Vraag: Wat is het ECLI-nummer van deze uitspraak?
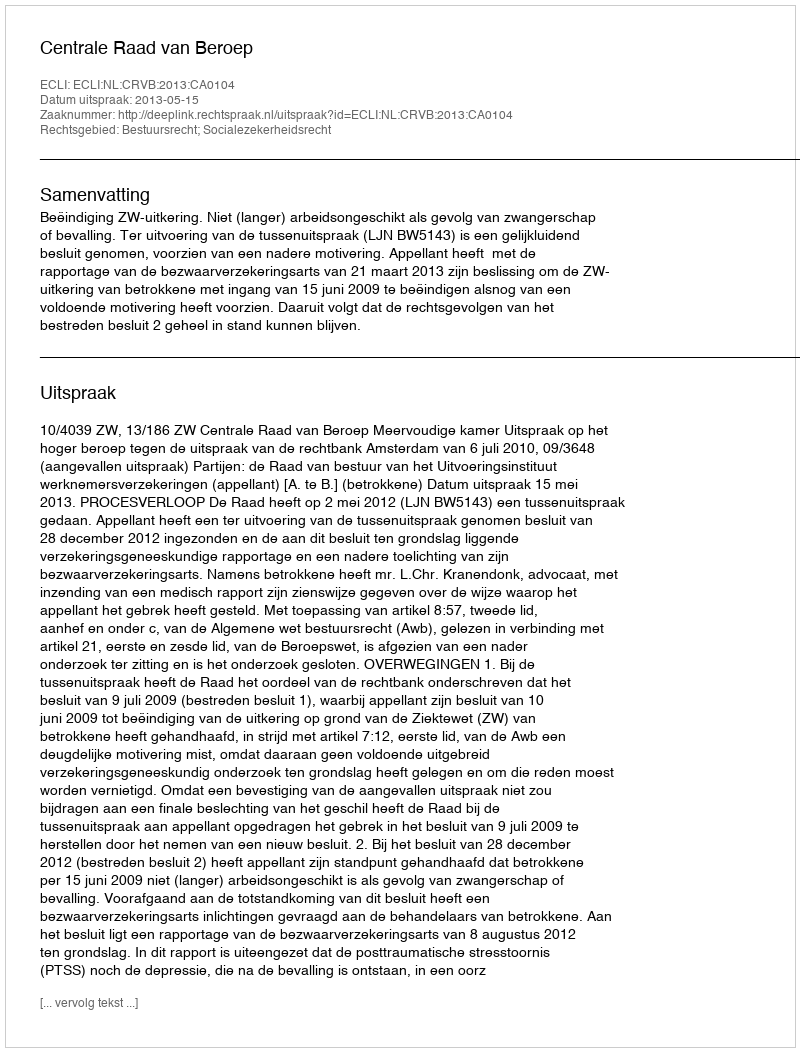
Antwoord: ECLI:NL:CRVB:2013:CA0104